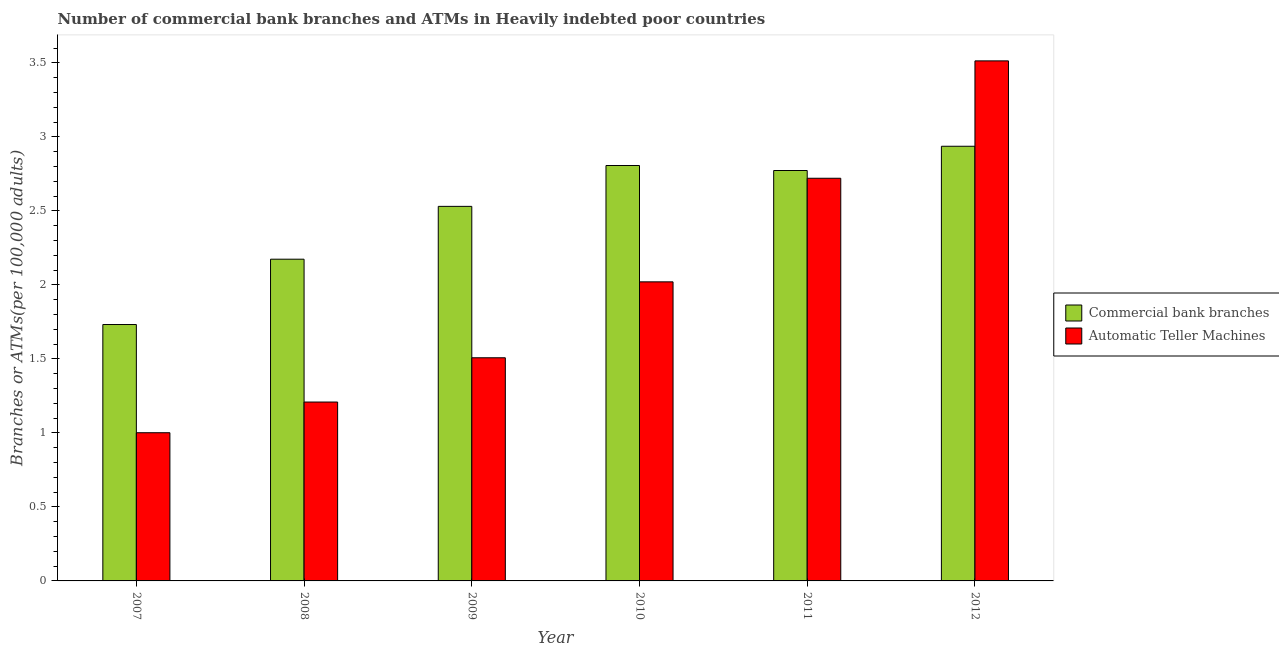
| Year | Commercial bank branches | Automatic Teller Machines |
 | --- | --- | --- |
 | 2007 | 1.73 | 1 |
 | 2008 | 2.17 | 1.21 |
 | 2009 | 2.53 | 1.51 |
 | 2010 | 2.81 | 2.02 |
 | 2011 | 2.77 | 2.72 |
 | 2012 | 2.94 | 3.51 |